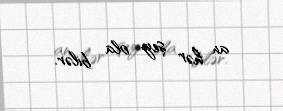
an hər şey ola bilər.